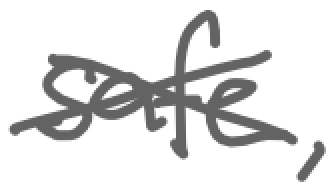
Text: safe,
Cross-out: cross
Writing tool: digital_gray